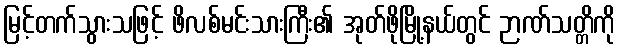
မြင့်တက်သွားသဖြင့် ဖိလစ်မင်းသားကြီး၏ အုတ်ဖိုမြို့နယ်တွင် ဉာဏ်သတ္တိကို